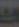
من